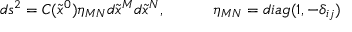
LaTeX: d s ^ { 2 } = C ( \tilde { x } ^ { 0 } ) \eta _ { M N } d \tilde { x } ^ { M } d \tilde { x } ^ { N } , ~ ~ ~ ~ ~ ~ ~ ~ ~ \eta _ { M N } = d i a g ( 1 , - \delta _ { i j } )